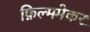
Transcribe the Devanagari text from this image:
फ़िल्ममेकर